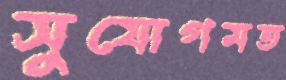
সুযোগমত